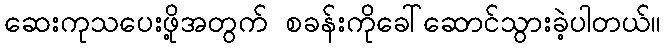
ဆေးကုသပေးဖို့အတွက် စခန်းကိုခေါ်ဆောင်သွားခဲ့ပါတယ်။